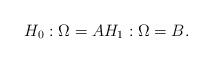
LaTeX: \begin{align*}H_0: \Omega = A H_1: \Omega = B.\end{align*}